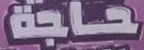
حاجة